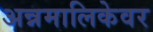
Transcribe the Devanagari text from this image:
अन्नमालिकेवर